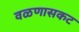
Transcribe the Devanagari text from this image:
वळणासकट